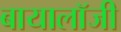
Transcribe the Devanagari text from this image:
बायालॉजी